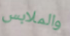
والملابس